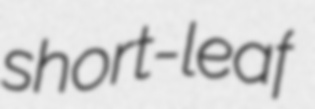
short-leaf